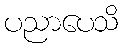
ပညာပေသိ